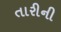
તારીની